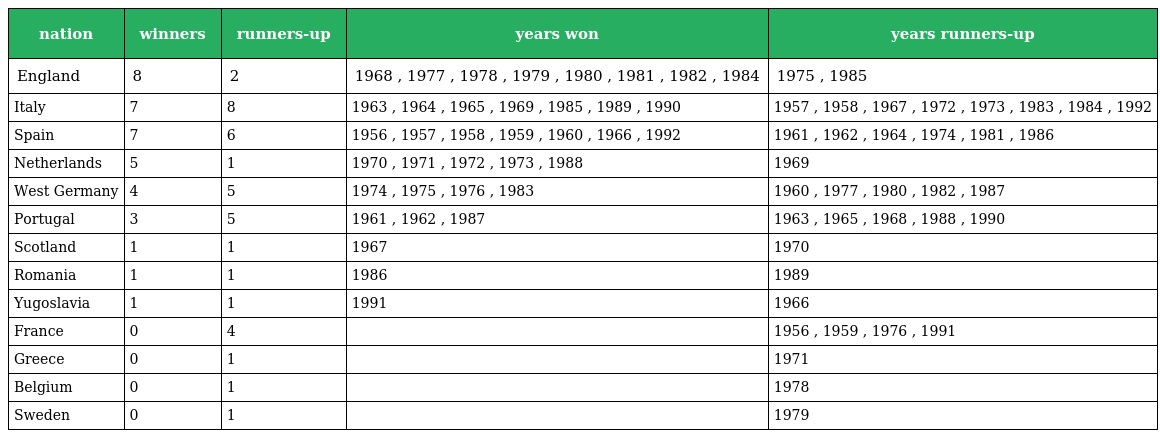
| nation | winners | runners-up | years won | years runners-up |
 | --- | --- | --- | --- | --- |
 | England | 8 | 2 | 1968 , 1977 , 1978 , 1979 , 1980 , 1981 , 1982 , 1984 | 1975 , 1985 |
 | Italy | 7 | 8 | 1963 , 1964 , 1965 , 1969 , 1985 , 1989 , 1990 | 1957 , 1958 , 1967 , 1972 , 1973 , 1983 , 1984 , 1992 |
 | Spain | 7 | 6 | 1956 , 1957 , 1958 , 1959 , 1960 , 1966 , 1992 | 1961 , 1962 , 1964 , 1974 , 1981 , 1986 |
 | Netherlands | 5 | 1 | 1970 , 1971 , 1972 , 1973 , 1988 | 1969 |
 | West Germany | 4 | 5 | 1974 , 1975 , 1976 , 1983 | 1960 , 1977 , 1980 , 1982 , 1987 |
 | Portugal | 3 | 5 | 1961 , 1962 , 1987 | 1963 , 1965 , 1968 , 1988 , 1990 |
 | Scotland | 1 | 1 | 1967 | 1970 |
 | Romania | 1 | 1 | 1986 | 1989 |
 | Yugoslavia | 1 | 1 | 1991 | 1966 |
 | France | 0 | 4 |  | 1956 , 1959 , 1976 , 1991 |
 | Greece | 0 | 1 |  | 1971 |
 | Belgium | 0 | 1 |  | 1978 |
 | Sweden | 0 | 1 |  | 1979 |